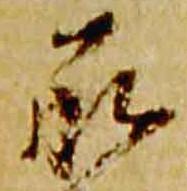
承